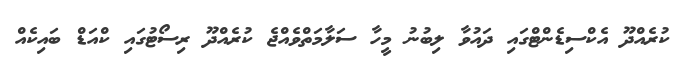
ކުރެއްދޫ އެކްސިޑެންޓްގައި ދައުވާ ލިބުނު މީހާ ސަލާމަތްވެއްޖެ ކުރެއްދޫ ރިސޯޓުގައި ކްއަޑް ބައިކެއް